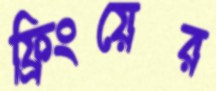
ফ্রিংয়ের